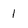
Character: 1